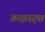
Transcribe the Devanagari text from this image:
क्राइस्ट्स